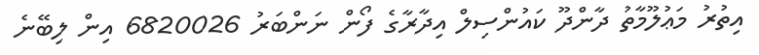
އިތުރު މަޢުލޫމާތު ދާންދޫ ކައުންސިލް އިދާރާގެ ފޯން ނަންބަރު 6820026 އިން ލިބޭނެ